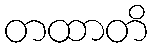
တထာတိ